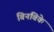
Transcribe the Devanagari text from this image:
बिनबिके